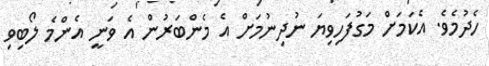
ހެދުމެވެ. އެކަމަށް މަގުފަހިވިޔަ ނުދިނުމަށް އެ މެންބަރުން އެ ވަނީ އެންމެ ލޯބިވި